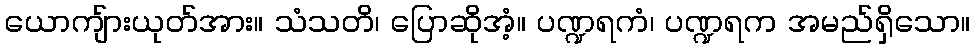
ယောကျ်ားယုတ်အား။ သံသတိ၊ ပြောဆိုအံ့။ ပဏ္ဍရကံ၊ ပဏ္ဍရက အမည်ရှိသော။